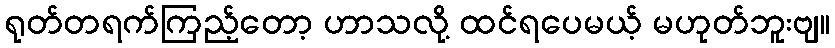
ရုတ်တရက်ကြည့်တော့ ဟာသလို့ ထင်ရပေမယ့် မဟုတ်ဘူးဗျ။